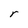
Character: r